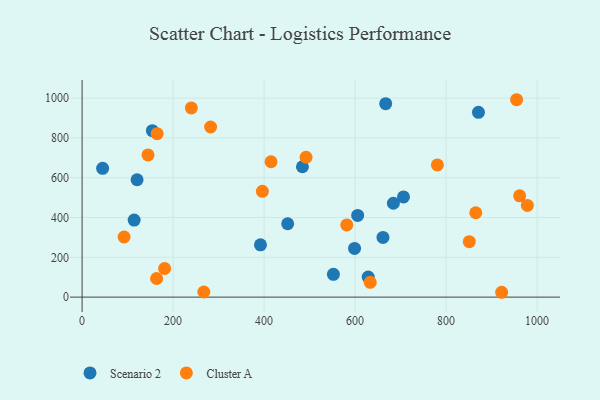
{"axis": {"x": "Investment", "y": "Sales"}, "legend": ["Cluster A", "Scenario 2"], "data": [{"x": "392.0", "y": 262.8, "type": "Scenario 2"}, {"x": "871.1", "y": 928.4, "type": "Scenario 2"}, {"x": "45.1", "y": 647.0, "type": "Scenario 2"}, {"x": "552.3", "y": 114.7, "type": "Scenario 2"}, {"x": "120.8", "y": 589.8, "type": "Scenario 2"}, {"x": "114.4", "y": 387.1, "type": "Scenario 2"}, {"x": "706.3", "y": 503.6, "type": "Scenario 2"}, {"x": "628.8", "y": 100.9, "type": "Scenario 2"}, {"x": "484.2", "y": 654.9, "type": "Scenario 2"}, {"x": "667.2", "y": 971.9, "type": "Scenario 2"}, {"x": "451.8", "y": 368.7, "type": "Scenario 2"}, {"x": "598.8", "y": 244.7, "type": "Scenario 2"}, {"x": "661.2", "y": 299.8, "type": "Scenario 2"}, {"x": "154.4", "y": 836.3, "type": "Scenario 2"}, {"x": "605.6", "y": 410.4, "type": "Scenario 2"}, {"x": "684.1", "y": 471.7, "type": "Scenario 2"}, {"x": "415.2", "y": 680.1, "type": "Cluster A"}, {"x": "865.2", "y": 423.9, "type": "Cluster A"}, {"x": "396.2", "y": 531.7, "type": "Cluster A"}, {"x": "492.2", "y": 702.7, "type": "Cluster A"}, {"x": "978.6", "y": 460.5, "type": "Cluster A"}, {"x": "954.9", "y": 991.8, "type": "Cluster A"}, {"x": "144.8", "y": 714.4, "type": "Cluster A"}, {"x": "961.6", "y": 508.8, "type": "Cluster A"}, {"x": "240.1", "y": 950.4, "type": "Cluster A"}, {"x": "780.8", "y": 664.1, "type": "Cluster A"}, {"x": "581.7", "y": 362.7, "type": "Cluster A"}, {"x": "181.3", "y": 143.8, "type": "Cluster A"}, {"x": "850.9", "y": 278.7, "type": "Cluster A"}, {"x": "922.1", "y": 24.3, "type": "Cluster A"}, {"x": "163.7", "y": 93.6, "type": "Cluster A"}, {"x": "282.4", "y": 854.7, "type": "Cluster A"}, {"x": "92.3", "y": 302.0, "type": "Cluster A"}, {"x": "633.2", "y": 74.2, "type": "Cluster A"}, {"x": "267.5", "y": 25.8, "type": "Cluster A"}, {"x": "164.9", "y": 821.1, "type": "Cluster A"}]}